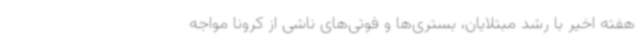
هفته اخیر با رشد مبتلایان، بستری‌ها و فوتی‌های ناشی از کرونا مواجه